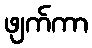
ဖျက်ကာ